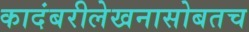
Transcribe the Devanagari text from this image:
कादंबरीलेखनासोबतच